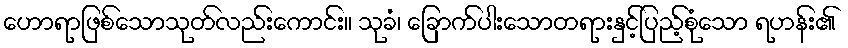
ဟောရာဖြစ်သောသုတ်လည်းကောင်း။ သုခံ၊ ခြောက်ပါးသောတရားနှင့်ပြည့်စုံသော ရဟန်း၏